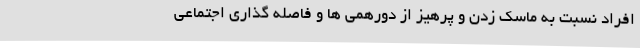
افراد نسبت به ماسک زدن و پرهیز از دورهمی ها و فاصله گذاری اجتماعی